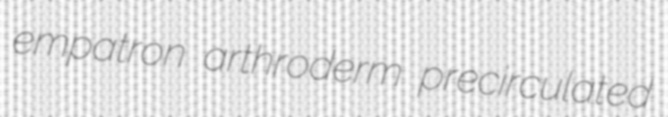
empatron arthroderm precirculated